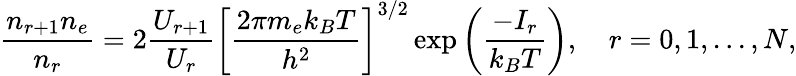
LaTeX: \frac{n_{r+1}n_{e}}{n_{r}}=2\frac{U_{r+1}}{U_{r}}\left[\frac{2\pi m_{e}k_{B}T}{h^{2}}\right]^{3/2}\exp\left(\frac{-I_{r}}{k_{B}T}\right),~~~~r=0,1,...,N,